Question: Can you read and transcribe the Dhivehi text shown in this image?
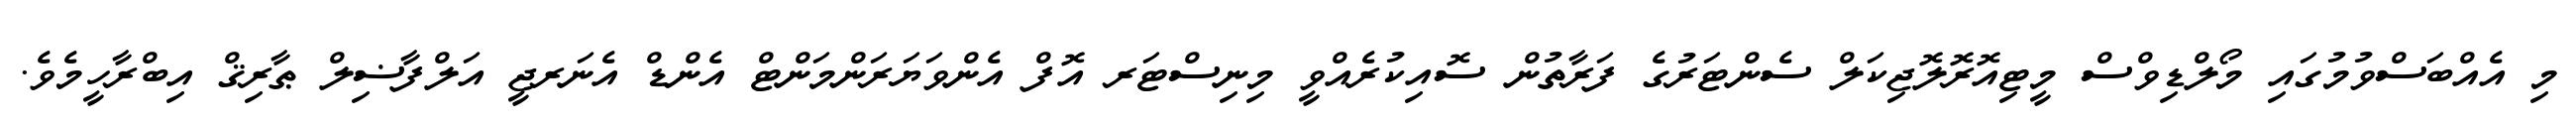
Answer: މި އެއްބަސްވުމުގައި މޯލްޑިވްސް މީޓިއޮރޮލޮޖިކަލް ސެންޓަރުގެ ފަރާތުން ސޮއިކުރެއްވީ މިނިސްޓަރ އޮފް އެންވަޔަރަންމަންޓް އެންޑް އެނަރޖީ އަލްފާޟިލް ޠާރިޤް އިބްރާހީމެވެ.